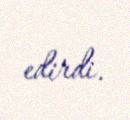
edirdi.